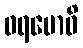
ဝရဗောဓိ